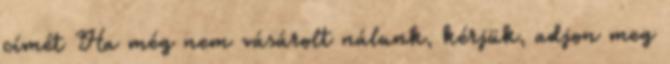
címét Ha még nem vásárolt nálunk, kérjük, adjon meg